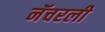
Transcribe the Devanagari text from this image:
नॅचरली